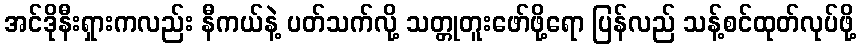
အင်ဒိုနီးရှားကလည်း နီကယ်နဲ့ ပတ်သက်လို့ သတ္တုတူးဖော်ဖို့ရော ပြန်လည် သန့်စင်ထုတ်လုပ်ဖို့